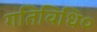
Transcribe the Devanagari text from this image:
गतिविधि०